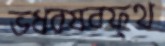
ভধরষবফ্থ